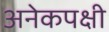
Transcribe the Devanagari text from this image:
अनेकपक्षी